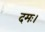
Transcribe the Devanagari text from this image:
दमः।